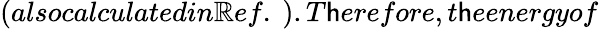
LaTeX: (alsocalculatedin\mathbb{R}ef.~).T\mathsf{h}erefore,t\mathsf{h}eenergyof